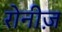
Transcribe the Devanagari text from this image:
रोनीज़